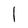
Character: l